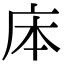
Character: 㡷